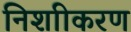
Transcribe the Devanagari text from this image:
निशाीकरण